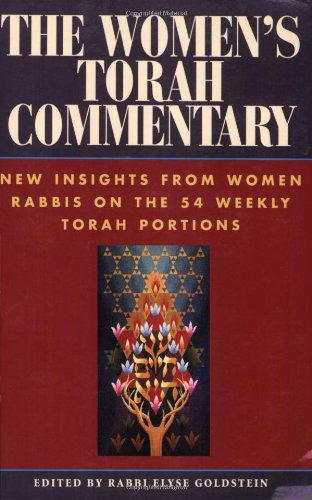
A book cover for The Women's Torah Commentary: New Insights from Women Rabbis on the 54 Weekly Torah Portions; Religion & Spirituality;